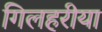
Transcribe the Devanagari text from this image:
गिलहरीया